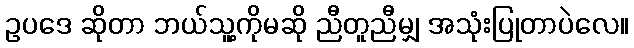
ဥပဒေ ဆိုတာ ဘယ်သူ့ကိုမဆို ညီတူညီမျှ အသုံးပြုတာပဲလေ။